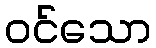
ဝင်သော